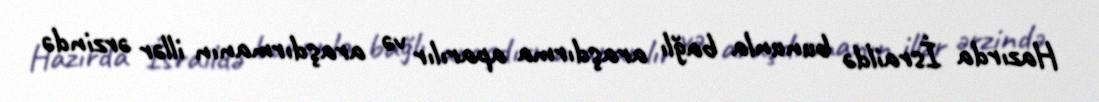
Hazırda İsraildə bununla bağlı araşdırma aparılır və araşdırmanın illər ərzində